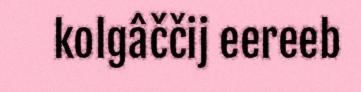
kolgâččij eereeb